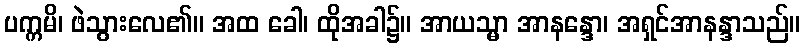
ပက္ကမိ၊ ဖဲသွားလေ၏။ အထ ခေါ၊ ထိုအခါ၌။ အာယသ္မာ အာနန္ဒော၊ အရှင်အာနန္ဒာသည်။